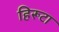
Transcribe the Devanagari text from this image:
हिरूटा